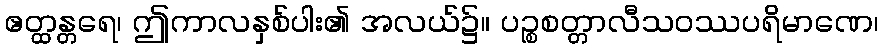
ဧတ္ထန္တရေ၊ ဤကာလနှစ်ပါး၏ အလယ်၌။ ပဉ္စစတ္တာလီသဝဿပရိမာဏေ၊